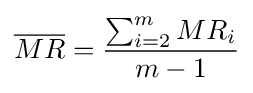
{\overline {MR}}={\frac {\sum _{i=2}^{m}{MR_{i}}}{m-1}}